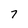
Character: 7